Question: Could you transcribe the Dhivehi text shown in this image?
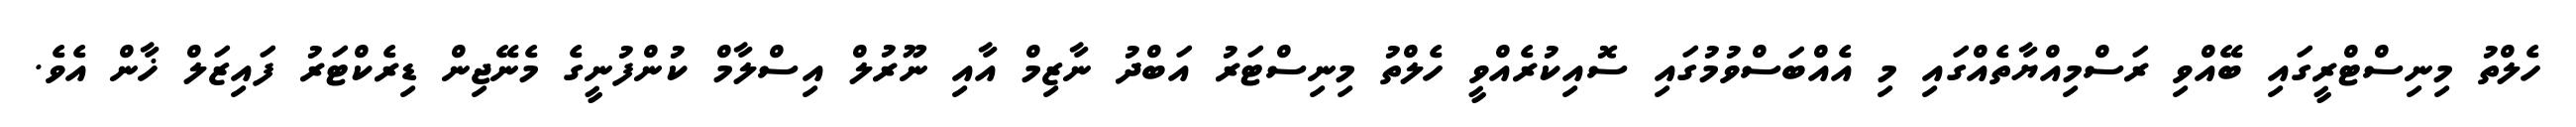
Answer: ހެލްތު މިނިސްޓްރީގައި ބޭއްވި ރަސްމިއްޔާތެއްގައި މި އެއްބަސްވުމުގައި ސޮއިކުރެއްވީ ހެލްތު މިނިސްޓަރު އަބްދު ނާޒިމް އާއި ނޫރުލް އިސްލާމް ކުންފުނީގެ މެނޭޖިން ޑިރެކްޓަރު ފައިޒަލް ޚާން އެވެ.